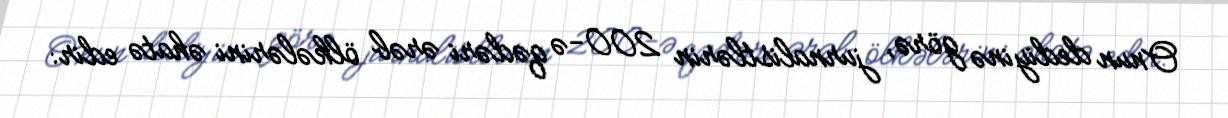
Onun dediyinə görə, jurnalistlərin 200-ə qədəri ərəb ölkələrini əhatə edir: